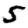
Digit: 5